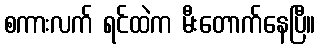
စကားလက် ရင်ထဲက မီးတောက်နေပြီ။